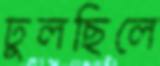
ঢুলছিলে